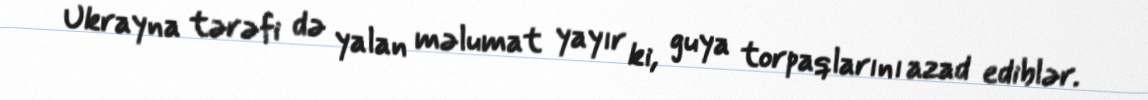
Ukrayna tərəfi də yalan məlumat yayır ki, guya torpaqlarını azad ediblər.